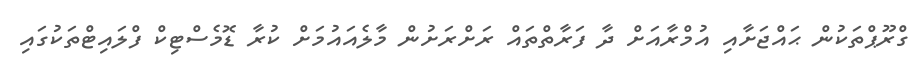
ގްރޫޕްތަކުން ޙައްޖަށާއި އުމްރާއަށް ދާ ފަރާތްތައް ރަށްރަށުން މާލެއައުމަށް ކުރާ ޑޮމެސްޓިކް ފްލައިޓްތަކުގައި